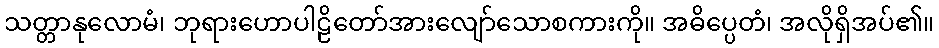
သတ္တာနုလောမံ၊ ဘုရားဟောပါဠိတော်အားလျော်သောစကားကို။ အဓိပ္ပေတံ၊ အလိုရှိအပ်၏။